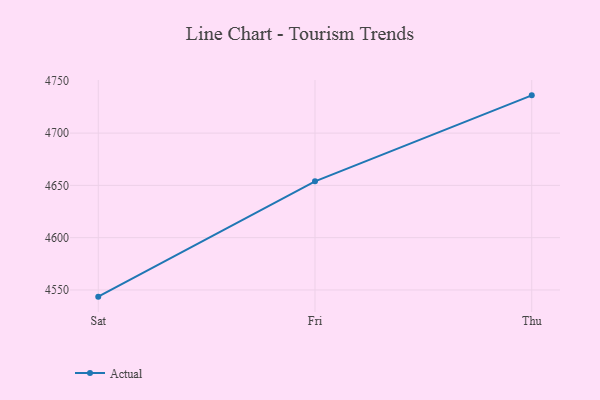
{"axis": {"x": "Day", "y": "Market Share (%)"}, "legend": ["Actual"], "data": [{"x": "Sat", "y": 4543.6, "type": "Actual"}, {"x": "Fri", "y": 4653.9, "type": "Actual"}, {"x": "Thu", "y": 4736.1, "type": "Actual"}]}